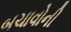
બચાવોની